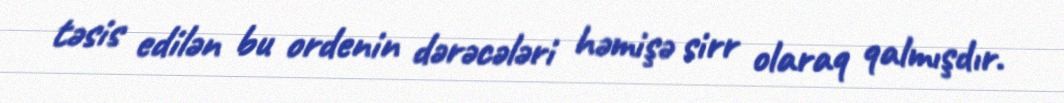
təsis edilən bu ordenin dərəcələri həmişə sirr olaraq qalmışdır.